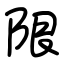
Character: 限